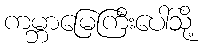
ကမ္ဘာမြေကြီးပေါ်သို့